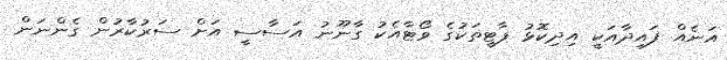
އަނެއް ފައިދާއަކީ އިދިކޮޅު ޕާޓީތަކުގެ ވޯޓާއެކު ގާނޫނު އަސާސީ އަށް ސަރުކާރުން ގެންނަން